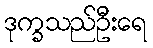
ဒုက္ခသည်ဦးရေ